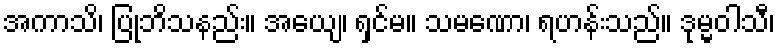
အကာသိ၊ ပြုဘိသနည်း။ အယျေ၊ ရှင်မ။ သမဏော၊ ရဟန်းသည်။ ဒုမ္မဝါသီ၊